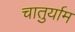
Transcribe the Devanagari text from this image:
चातुर्याम